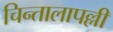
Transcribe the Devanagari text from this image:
चिन्तालापल्ली